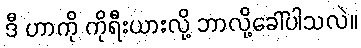
ဒီ ဟာကို ကိုရီးယားလို့ ဘာလို့ခေါ်ပါသလဲ။